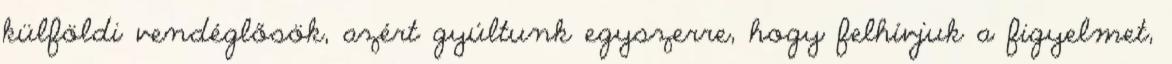
külföldi vendéglősök, azért gyúltunk egyszerre, hogy felhívjuk a figyelmet,